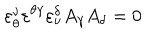
LaTeX: \varepsilon _ { \theta } ^ { \nu } \varepsilon ^ { \theta \gamma } \varepsilon _ { \nu } ^ { \delta } A _ { \gamma } A _ { \delta } = 0